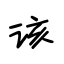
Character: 该